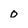
Character: 0